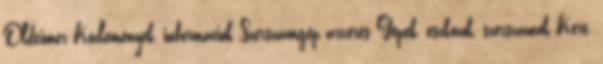
Oldtimer Közlemények, információk Szerszámgép árverés Gépek, eszközök, szerszámok Kert,